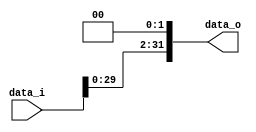
module ShiftLeft32(
	data_i,
	data_o
);

input	[31:0]		data_i;
output	[31:0]		data_o;

reg		[31:0]  	data_o;

always @(data_i) begin
	data_o = data_i << 2;
end

endmodule